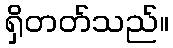
ရှိတတ်သည်။